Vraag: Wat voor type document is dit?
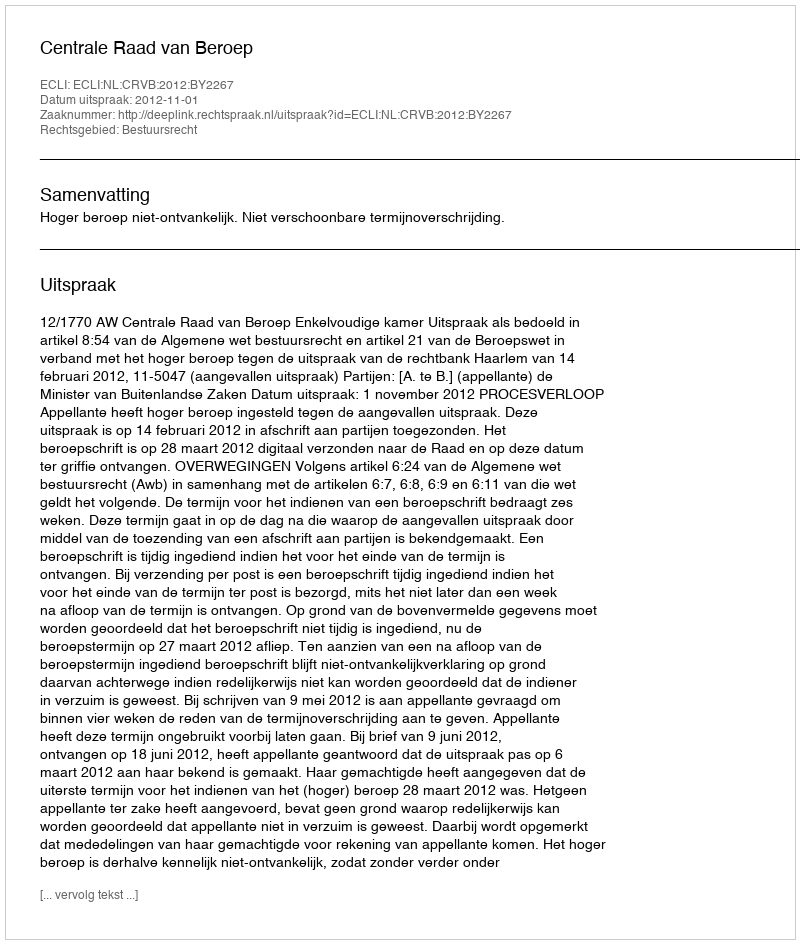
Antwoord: Uitspraak